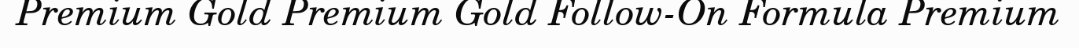
Premium Gold Premium Gold Follow-On Formula Premium